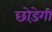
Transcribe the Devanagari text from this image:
छोड़ेगी